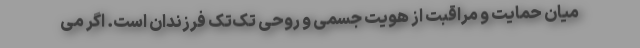
میان حمایت و مراقبت از هویت جسمی و روحی تک‌تک فرزندان است. اگر می